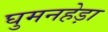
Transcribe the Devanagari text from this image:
घुमनहेड़ा